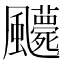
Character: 𩙛